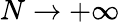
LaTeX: N\to+\infty